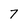
Character: 7